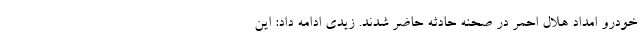
خودرو امداد هلال احمر در صحنه حادثه حاضر شدند. زیدی ادامه داد: این